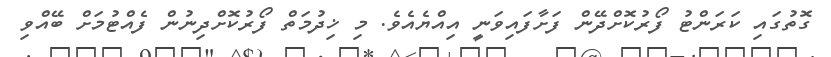
ގޮތުގައި ކަރަންޓު ފޯރުކޮށްދޭން ފަށާފައިވަނީ އިއްޔެއެވެ. މި ޚިދުމަތް ފޯރުކޮށްދިނުން ފެއްޓުމަށް ބޭއްވި